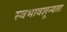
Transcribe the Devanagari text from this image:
स्वभावशून्यता